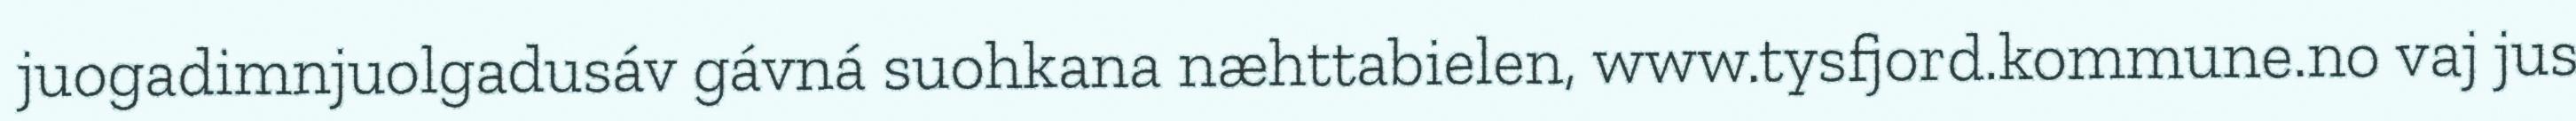
juogadimnjuolgadusáv gávná suohkana næhttabielen, www.tysfjord.kommune.no vaj jus